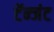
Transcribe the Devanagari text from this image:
टॅन्जंट